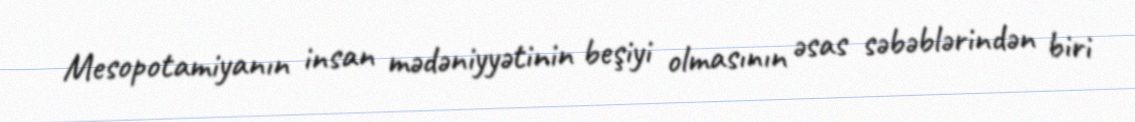
Mesopotamiyanın insan mədəniyyətinin beşiyi olmasının əsas səbəblərindən biri